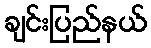
ချင်းပြည်နယ်